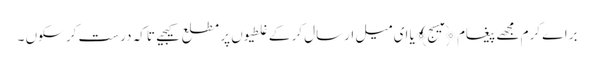
براے کرم مجھے پیغام ﴿میسج﴾ یا ای میل ارسال کر کے غلطیوں پر مطلع کیجیے تاکہ درست کر سکوں ۔